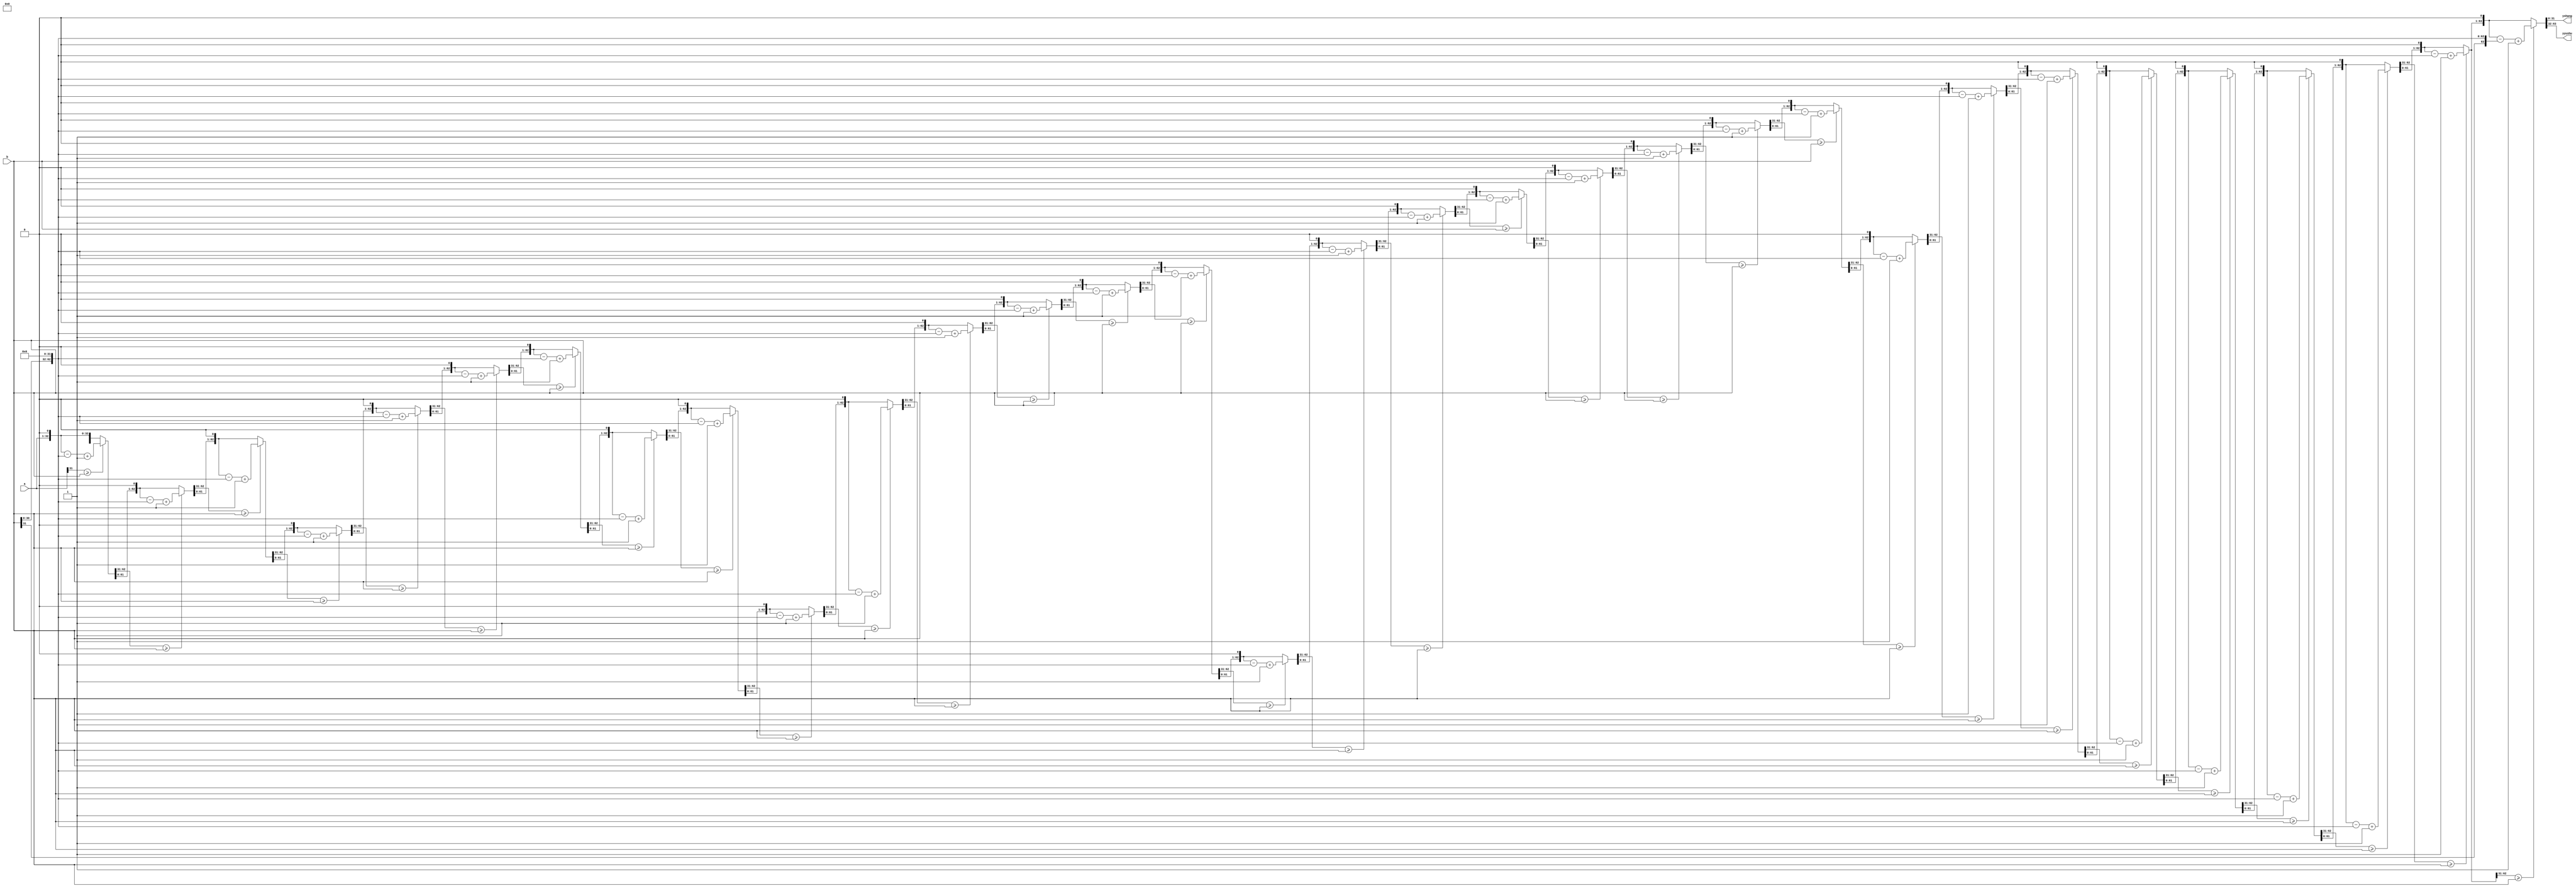
/*
Pour la division non signe de 32, le dividende a est divis par le diviseur b, 
et leur quotient et le reste ne doivent pas dpasser 32 bits. 
Commencez par convertir a en temp_a avec 32 bits suprieurs  0 et 32 bits infrieurs  a. 
Convertissez b en temp_b avec les 32 bits suprieurs tant b et les 32 bits infrieurs tant 0. 
Au dbut de chaque cycle, dplacez d'abord temp_a vers la gauche, ajoutez 0  la fin, puis comparez avec b, 
s'il est suprieur  b, puis temp_a moins temp_b sera ajout avec 1, sinon continuez  excuter. 
Le dcalage, la comparaison et la soustraction ci-dessus (selon le cas) sont excuts 32 fois, 
aprs la fin de l'excution, les 32 bits suprieurs de temp_a reprsentent le reste et les 32 bits infrieurs est le quotient.
*/

module div  
(  
input[31:0] a,   
input[31:0] b,  
  
output reg [31:0] yshang,  
output reg [31:0] yyushu  
);  
  
reg[31:0] tempa;  
reg[31:0] tempb;  
reg[63:0] temp_a;  
reg[63:0] temp_b;  
  
integer i;  
  
always @(a or b)  
begin  
    tempa <= a;  
    tempb <= b;  
end  
  
always @(tempa or tempb)  
begin  
    temp_a = {32'h00000000,tempa};  
    temp_b = {tempb,32'h00000000};   
    for(i = 0;i < 32;i = i + 1)  
        begin  
            temp_a = {temp_a[62:0],1'b0};  
            if(temp_a[63:32] >= tempb)  
                temp_a = temp_a - temp_b + 1'b1;  
            else  
                temp_a = temp_a;  
        end  
  
    yshang <= temp_a[31:0];  
    yyushu <= temp_a[63:32];  
end  
  
endmodule